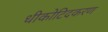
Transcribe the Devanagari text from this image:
धीकोटिदकरण